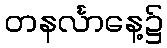
တနင်္လာနေ့၌